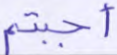
أجبتم